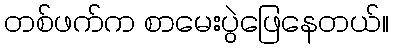
တစ်ဖက်က စာမေးပွဲဖြေနေတယ်။